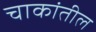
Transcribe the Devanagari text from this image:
चाकांतील